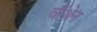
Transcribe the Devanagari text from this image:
वॉथेन